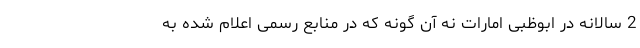
2 سالانه در ابوظبی امارات نه آن گونه که در منابع رسمی اعلام شده به